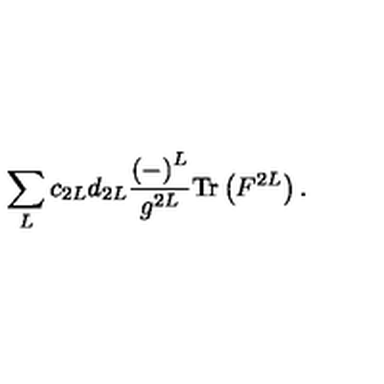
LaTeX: \sum _ { L } c _ { 2 L } d _ { 2 L } \frac { \left( - \right) ^ { L } } { g ^ { 2 L } } \mathrm { T r } \left( F ^ { 2 L } \right) .